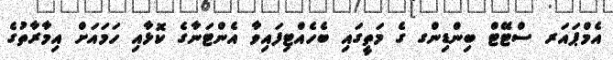
އެމްޕައަރ ސްޓޭޓް ބިންޑިންގ ގެ މަތީގައި ބެހެއްޓިފައިވާ އެންޓަނާގެ ކޮޅާއި ހަމައަށް އިމާރާތުގެ